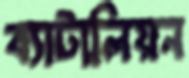
ব্যাটালিয়ন